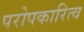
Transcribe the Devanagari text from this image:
परोपकारित्व